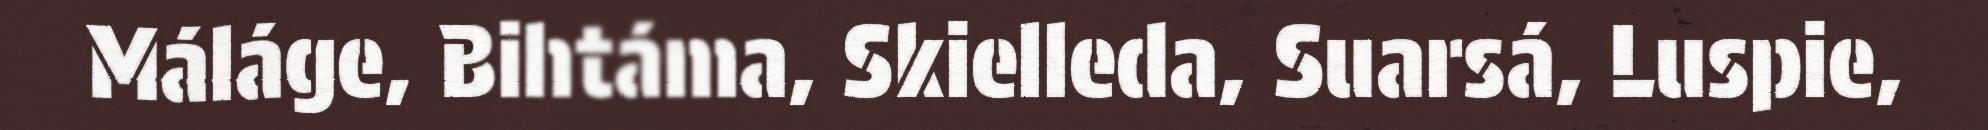
Máláge, Bihtáma, Skielleda, Suarsá, Luspie,